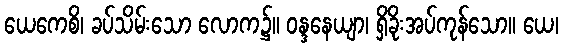
ယေကေစိ၊ ခပ်သိမ်းသော လောက၌။ ဝန္ဒနေယျာ၊ ရှိခိုးအပ်ကုန်သော။ ယေ၊